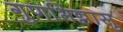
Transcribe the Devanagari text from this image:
गुणभिन्नासु